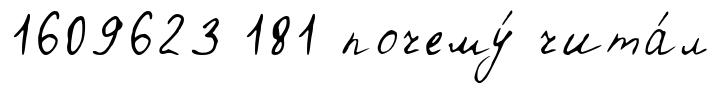
1609623 181 почему́ чита́л